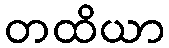
တထိယာ